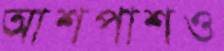
আশপাশও